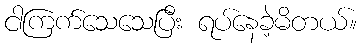
ငါကြက်သေသေပြီး ရပ်နေခဲ့မိတယ်။